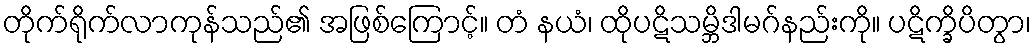
တိုက်ရိုက်လာကုန်သည်၏ အဖြစ်ကြောင့်။ တံ နယံ၊ ထိုပဋိသမ္ဘိဒါမဂ်နည်းကို။ ပဋိက္ခိပိတွာ၊